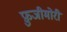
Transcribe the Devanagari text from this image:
फ़ुजीमोरी